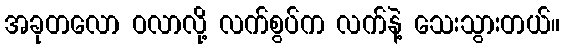
အခုတလော ဝလာလို့ လက်စွပ်က လက်နဲ့ သေးသွားတယ်။